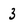
Character: 3